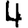
Digit: 4